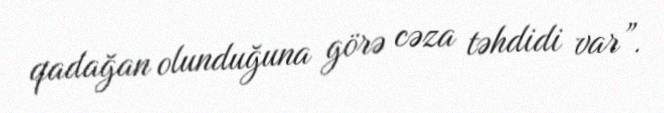
qadağan olunduğuna görə cəza təhdidi var”.